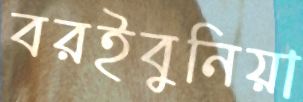
বরইবুনিয়া